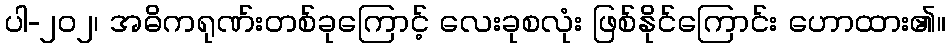
ပါ-၂၀၂၊ အဓိကရုဏ်းတစ်ခုကြောင့် လေးခုစလုံး ဖြစ်နိုင်ကြောင်း ဟောထား၏။